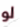
لو